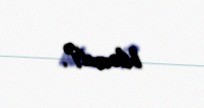
bilərmi?.